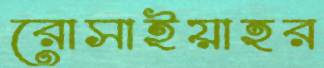
রোসাইয়াহর